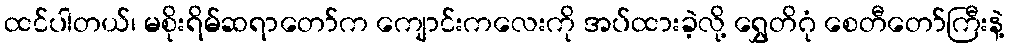
ထင်ပါတယ်၊ မစိုးရိမ်ဆရာတော်က ကျောင်းကလေးကို အပ်ထားခဲ့လို့ ရွှေတိဂုံ စေတီတော်ကြီးနဲ့